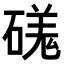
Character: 𥔶